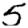
Digit: 5